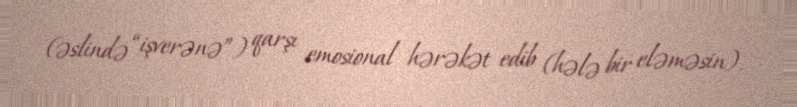
(əslində “işverənə”) qarşı emosional hərəkət edib (hələ bir eləməsin).